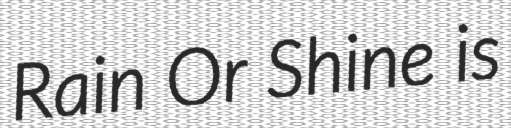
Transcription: Rain Or Shine is